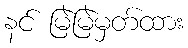
နင် မြဲမြဲမှတ်ထား